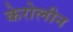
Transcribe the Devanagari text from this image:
केरोलीन